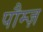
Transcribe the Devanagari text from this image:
पौम्ज़